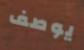
يوصف